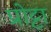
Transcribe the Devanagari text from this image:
प्रोट्टा